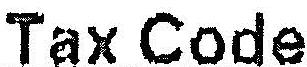
TAX CODE